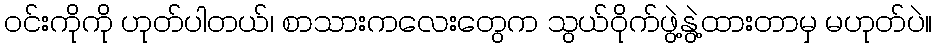
၀င်းကိုကို ဟုတ်ပါတယ်၊ စာသားကလေးတွေက သွယ်ဝိုက်ဖွဲ့နွဲ့ထားတာမှ မဟုတ်ပဲ။